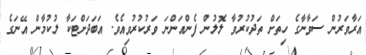
އަރާވަރުން ސަވާނާގެ ހިތަށް ތަދުކުރުވާ ލޮލުން ފެންއަންނަ ވަރުކުރުވިއެވެ. އަބަދަށްޓަކާ ލުކުމާން އޭނަގެ